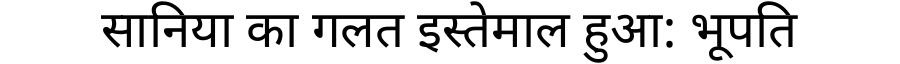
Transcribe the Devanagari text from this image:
सानिया का गलत इस्तेमाल हुआ: भूपति